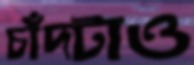
চাঁদটাও